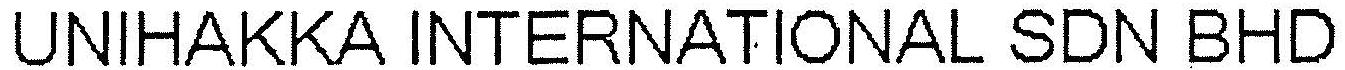
UNIHAKKA INTERNATIONAL SDN BHD